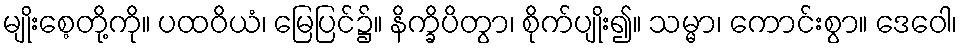
မျိုးစေ့တို့ကို။ ပထဝိယံ၊ မြေပြင်၌။ နိက္ခိပိတွာ၊ စိုက်ပျိုး၍။ သမ္မာ၊ ကောင်းစွာ။ ဒေဝေါ၊